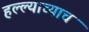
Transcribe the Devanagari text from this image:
हल्ल्याच्याच